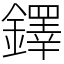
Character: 鐸